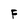
Character: F